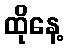
ထိုနေ့